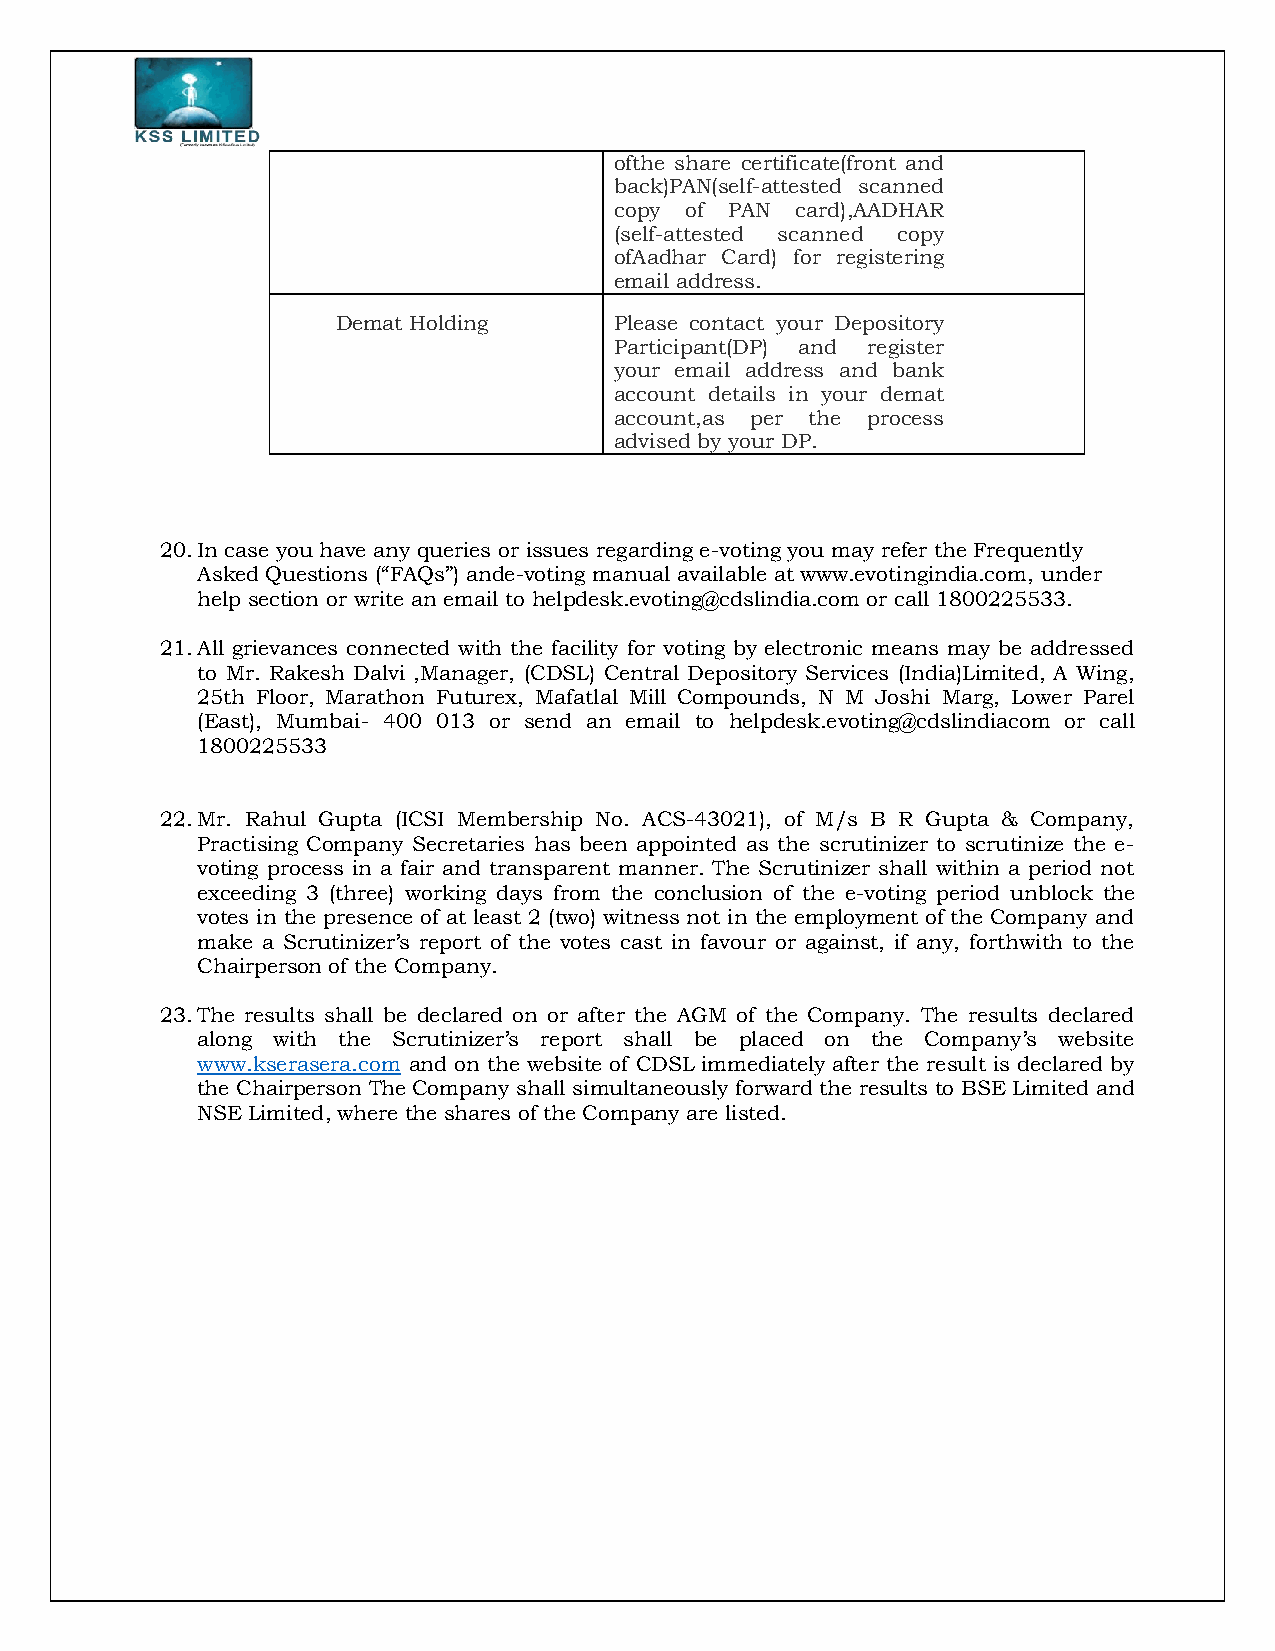
ofthe share certificate(front and
 back)PAN(self-attested scanned
 copy of PAN card),AADHAR
 (self-attested scanned copy
 ofAadhar Card) for registering
 email address.
 Demat Holding      Please contact your Depository
 Participant(DP) and register
 your email address and bank
 account details in your demat
 account,as per the process
 advised by your DP.
 20. In case you have any queries or issues regarding e-voting you may refer the Frequently
 Asked Questions (“FAQs”) ande-voting manual available at www.evotingindia.com, under
 help section or write an email to helpdesk.evoting@cdslindia.com or call 1800225533.
 21. All grievances connected with the facility for voting by electronic means may be addressed
 to Mr. Rakesh Dalvi ,Manager, (CDSL) Central Depository Services (India)Limited, A Wing,
 25th Floor, Marathon Futurex, Mafatlal Mill Compounds, N M Joshi Marg, Lower Parel
 (East), Mumbai- 400 013 or send an email to helpdesk.evoting@cdslindiacom or call
 1800225533
 22. Mr. Rahul Gupta (ICSI Membership No. ACS-43021), of M/s B R Gupta & Company,
 Practising Company Secretaries has been appointed as the scrutinizer to scrutinize the e-
 voting process in a fair and transparent manner. The Scrutinizer shall within a period not
 exceeding 3 (three) working days from the conclusion of the e-voting period unblock the
 votes in the presence of at least 2 (two) witness not in the employment of the Company and
 make a Scrutinizer’s report of the votes cast in favour or against, if any, forthwith to the
 Chairperson of the Company.
 23. The results shall be declared on or after the AGM of the Company. The results declared
 along with the Scrutinizer’s report shall be placed on the Company’s website
 www.kserasera.com and on the website of CDSL immediately after the result is declared by
 the Chairperson The Company shall simultaneously forward the results to BSE Limited and
 NSE Limited, where the shares of the Company are listed.